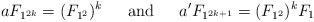
LaTeX: \begin{align*}a F_{1^{2k}} = (F_{1^2})^k \hskip .2in\hbox{ and }\hskip .2in a' F_{1^{2k+1}} = (F_{1^2})^k F_1\end{align*}